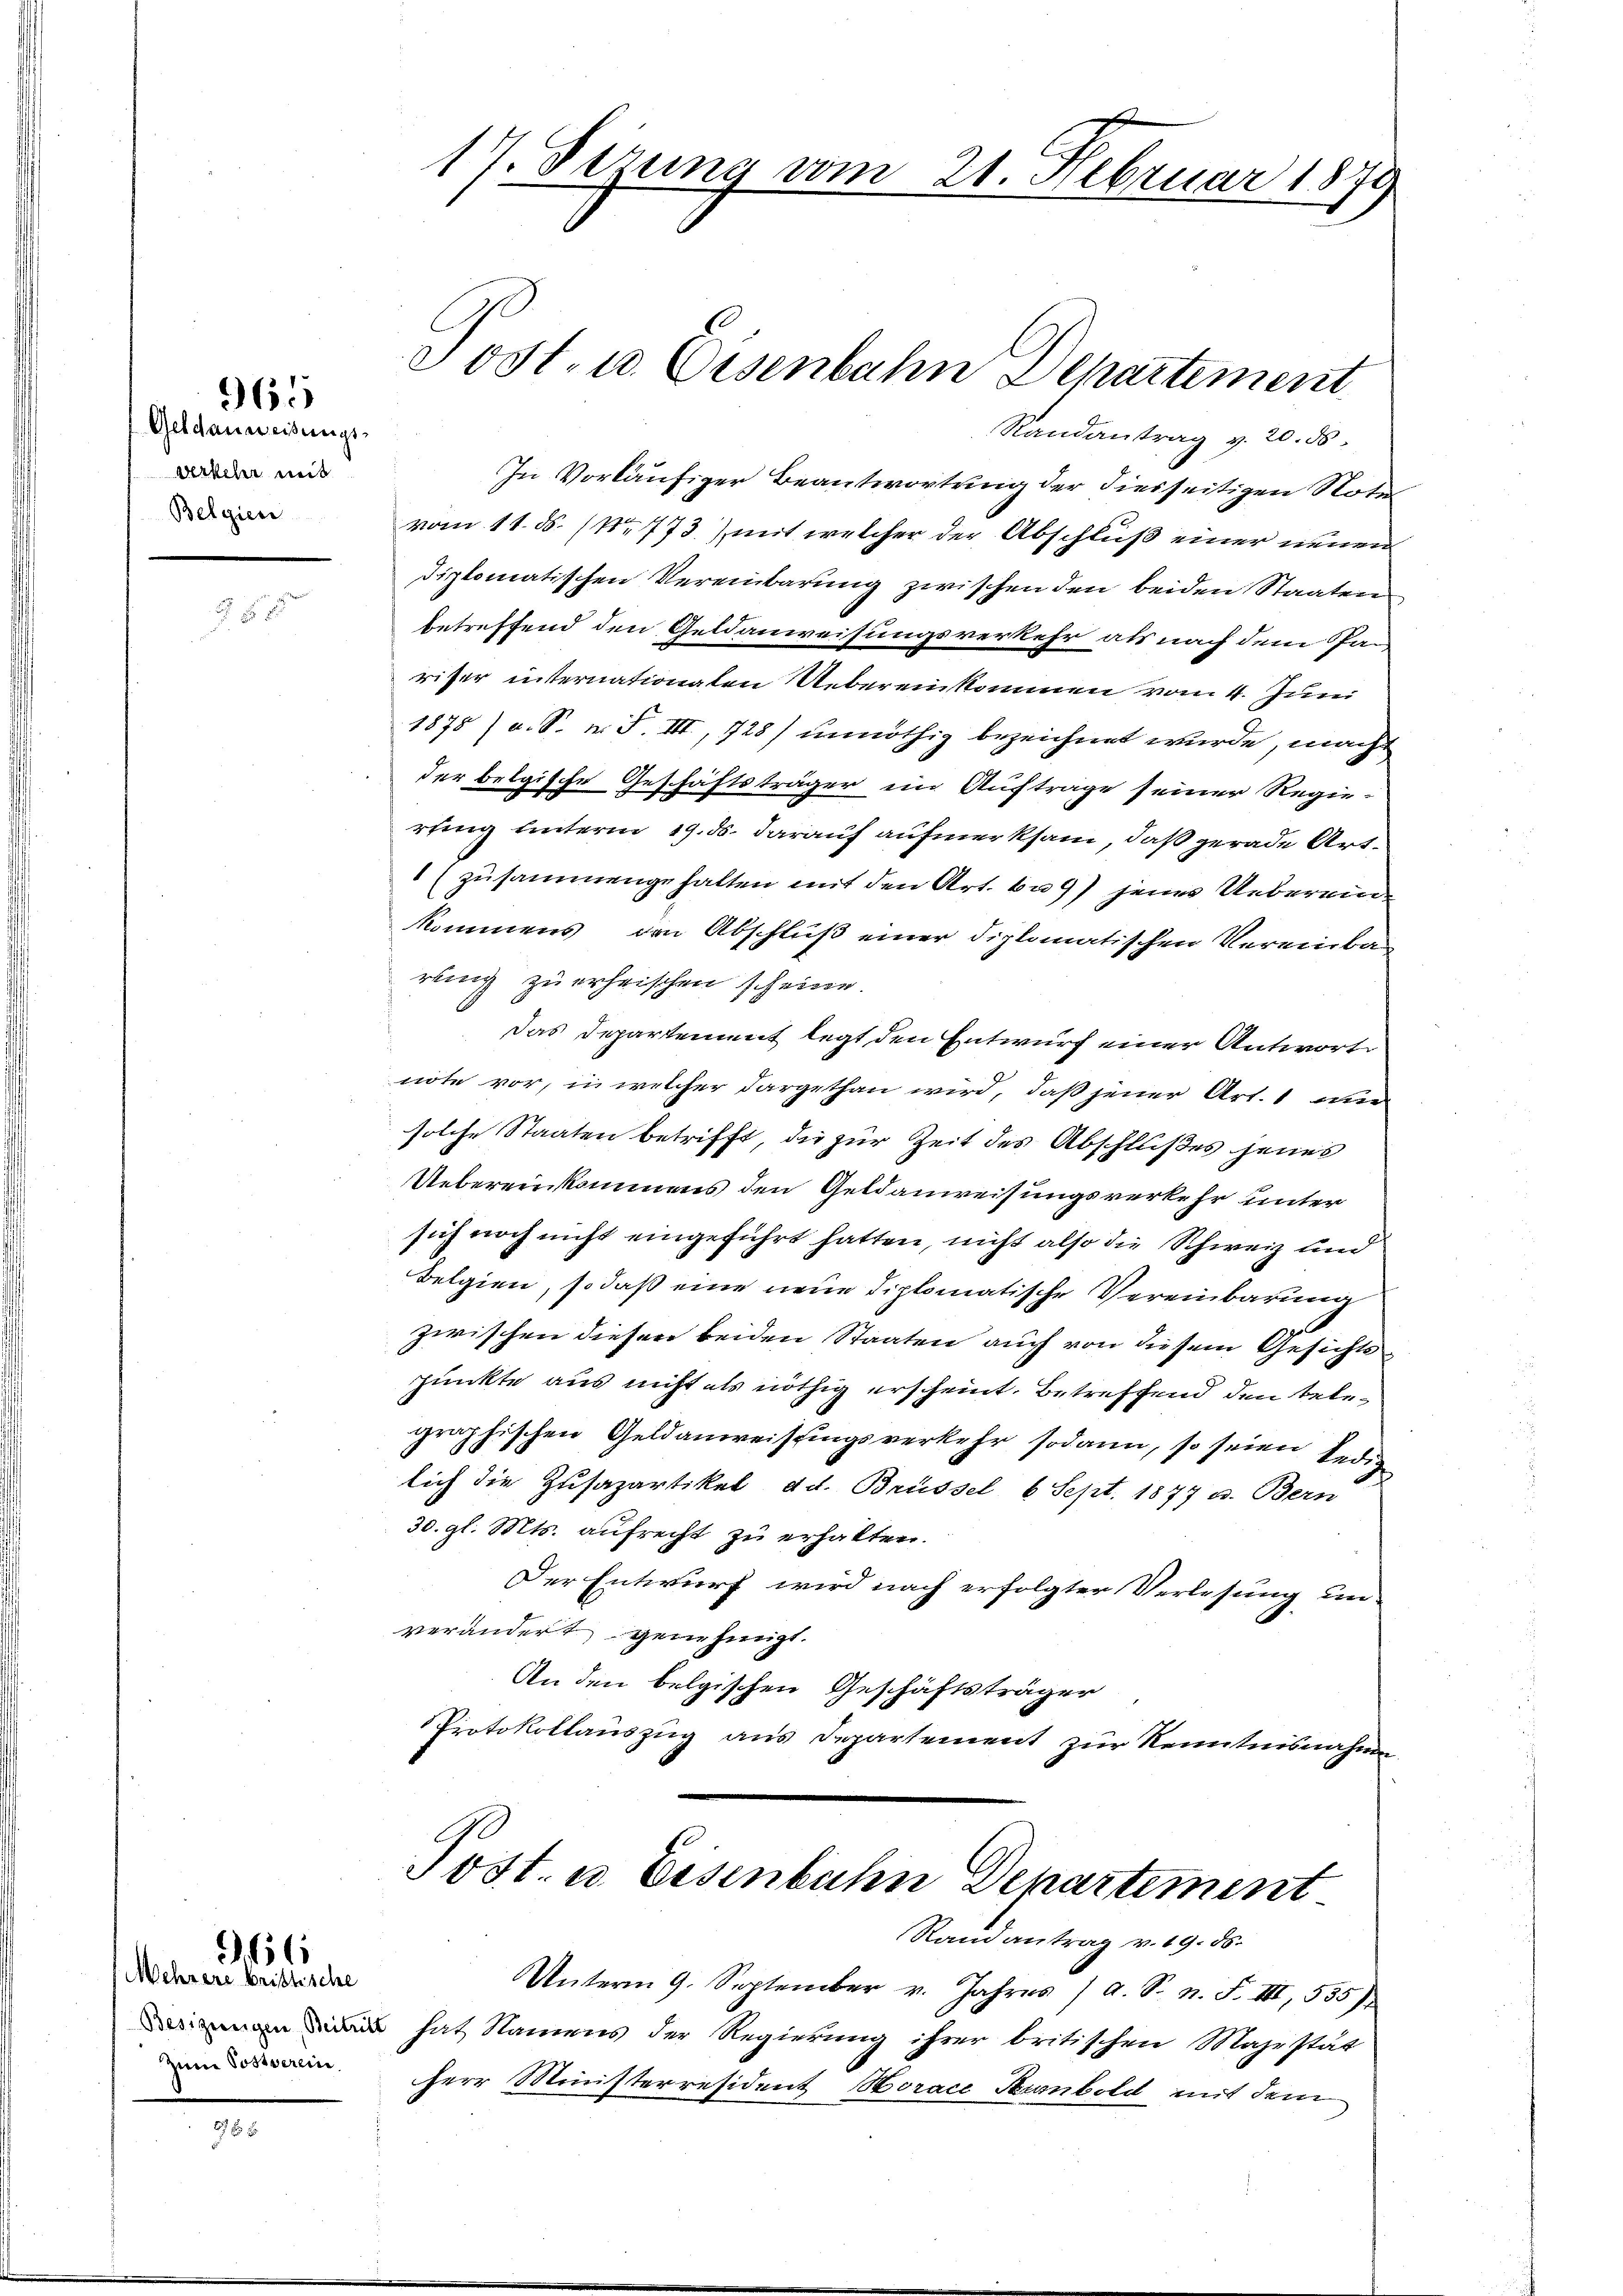
Geldanweisungs-
Verkehr mit
Belgien

965

Mehrere bristische
Zum Postverein

66

Randantrag v. 20. ds.
In Vorläufiger Beantwortung der diesseitigen Note
vom 11. ds. (Nr. 773) mit welcher der Abschluß einer neuen
diplomatischen Vereinbarung zwischen den beiden Staaten
betreffend den Geldanweisungsverkehr als nach dem Panriser internationaten Uebereinkommen vom 4. Juni
1878 / a. S. n. F. III, 728) unnöthig bezeichnet wurde, macht
der belgische Geschäftsträger ein Auftrage seiner Regie-
rung unterm 19. ds. darauf aufmerksam, daß gerade Art.
 (zusammengehalten mit den Art. 69) jenes Uebereinkommens den Abschluß einer diplomatischen Vereinbar
rung zu erheischen scheine.
Das Departement legt den Entwurf einer Antwort
note vor, in welcher dargethan wird, daß jener Art. 1 wir
solche Staaten betrifft, die zur Zeit des Abschlußes jenes
Uebereinkommens den Geldanweisungsverkehr unter
sich noch nicht eingeführt hatten, nicht also die Schweiz und
Belgien, so daß eine neue Diplomatische Vereinbarung
zwischen diesen beiden Staaten auch von diesem Gesichtspunkte aus nicht als nöthig erscheint, betreffend den telegraphischen Geldanweistungsverkehr sodann, so seien ledigen
lich die Zusazartikel ad. Brüssel, 6 Sept. 1877 u. Bern
30. gl. Mts. aufrecht zu erhalten.
Der Entwurf wird nach erfolgter Verlesung un-
verändert genehmigt.
An den belgischen Geschäftsträger
Protokollauszug aus Departement zur Kenntnisnahme
Post. u. Eisenbahn Departement
Randantrag v. 19. ds.
Unterm 9. September v. Jahres / A. S. n. F. III, 535)
n hat Namens der Regierung ihrer britischen Majestät
Herr Ministerresident Horace Humbold mit dem

17. Sizung vom 21. Februar 1879

Post- u. Eisenbahn Departement